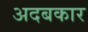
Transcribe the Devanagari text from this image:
अदबकार